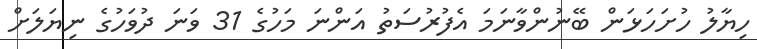
ހިޔާލު ހުށަހަޅަން ބޭނުންވާނަމަ އެފުރުސަތު އަންނަ މަހުގެ 31 ވަނަ ދުވަހުގެ ނިޔަލަށް